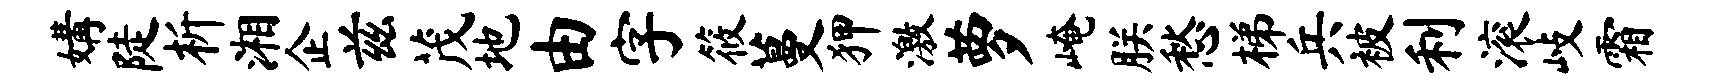
媾陡析湘企兹茂地由字筱蔓狎激萝崦朕愁梯兵被利滚歧霜